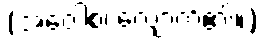
(အဝေါစ၊ လျှောက်၏။)